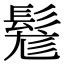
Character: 𩭒